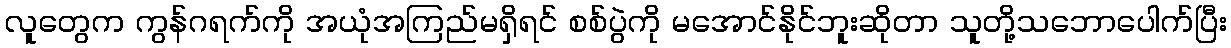
လူတွေက ကွန်ဂရက်ကို အယုံအကြည်မရှိရင် စစ်ပွဲကို မအောင်နိုင်ဘူးဆိုတာ သူတို့သဘောပေါက်ပြီး